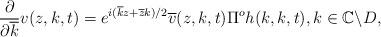
LaTeX: \begin{align*}\frac{\partial}{\partial \overline{k}} v(z,k,t)= e^{i(\overline{k}z+\overline{z}k)/2} \overline{v}(z,k,t) \Pi^o h(k,k,t), k\in \mathbb C \backslash D,\end{align*}